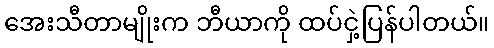
အေးသီတာမျိုးက ဘီယာကို ထပ်ငှဲ့ပြန်ပါတယ်။